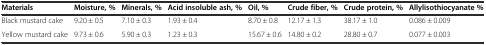
<table><thead><tr><td><b>Materials</b></td><td><b>Moisture, %</b></td><td><b>Minerals, %</b></td><td><b>Acid insoluble ash, %</b></td><td><b>Oil, %</b></td><td><b>Crude fiber, %</b></td><td><b>Crude protein, %</b></td><td><b>Allylisothiocyanate %</b></td></tr></thead><tbody><tr><td>Black mustard cake</td><td>9.20 ± 0.5</td><td>7.10 ± 0.3</td><td>1.93 ± 0.4</td><td>8.70 ± 0.8</td><td>12.17 ± 1.3</td><td>38.17 ± 1.0</td><td>0.086 ± 0.009</td></tr><tr><td>Yellow mustard cake</td><td>9.73 ± 0.6</td><td>5.90 ± 0.3</td><td>1.23 ± 0.3</td><td>15.67 ± 0.6</td><td>14.80 ± 0.2</td><td>28.80 ± 0.7</td><td>0.077 ± 0.003</td></tr></tbody></table>